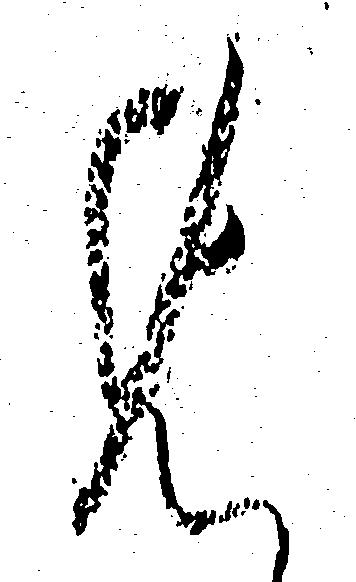
め